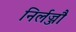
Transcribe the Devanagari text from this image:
निर्लज्जौ